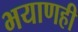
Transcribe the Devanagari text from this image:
भयाणही